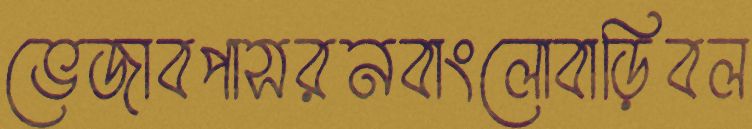
ভেজাবপাসরনবাংলোবাড়িবল